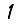
Digit: 1